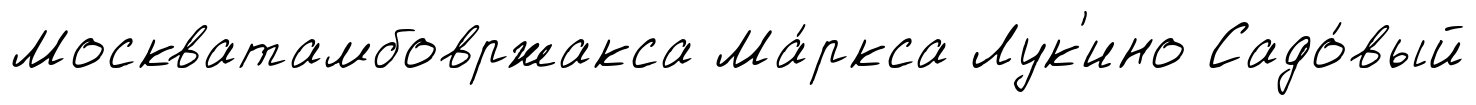
Москватамбовржакса Ма́ркса Лук'ино Садо́вый